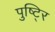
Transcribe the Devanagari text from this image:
पुष्टि्र